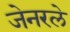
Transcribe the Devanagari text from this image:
जेनरले